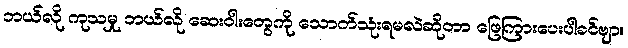
ဘယ်လို ကုသမှု ဘယ်လို ဆေးဝါးတွေကို သောက်သုံးရမလဲဆိုတာ ဖြေကြားပေးပါခင်ဗျာ။